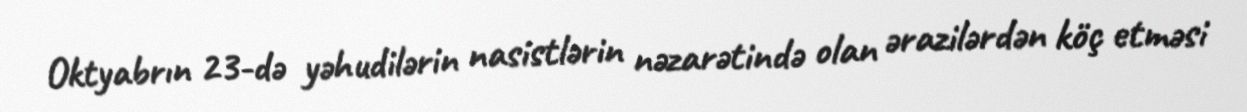
Oktyabrın 23-də yəhudilərin nasistlərin nəzarətində olan ərazilərdən köç etməsi